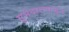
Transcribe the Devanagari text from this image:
सुभेदारापासून